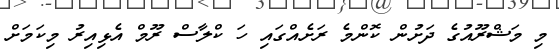
މި މަޝްރޫއުގެ ދަށުން ކޮންމެ ރަށެއްގައި ހަ ކްލާސް ރޫމް އެޅިއިރު މިކަމަށް